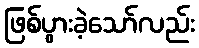
ဖြစ်ပွားခဲ့သော်လည်း